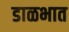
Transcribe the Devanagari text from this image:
डाळभात